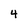
Character: 4